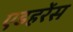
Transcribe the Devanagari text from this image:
एडहरेंस